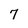
Character: 7